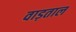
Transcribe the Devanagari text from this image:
वाड़ताल